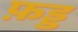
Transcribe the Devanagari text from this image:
फ़ड्ड